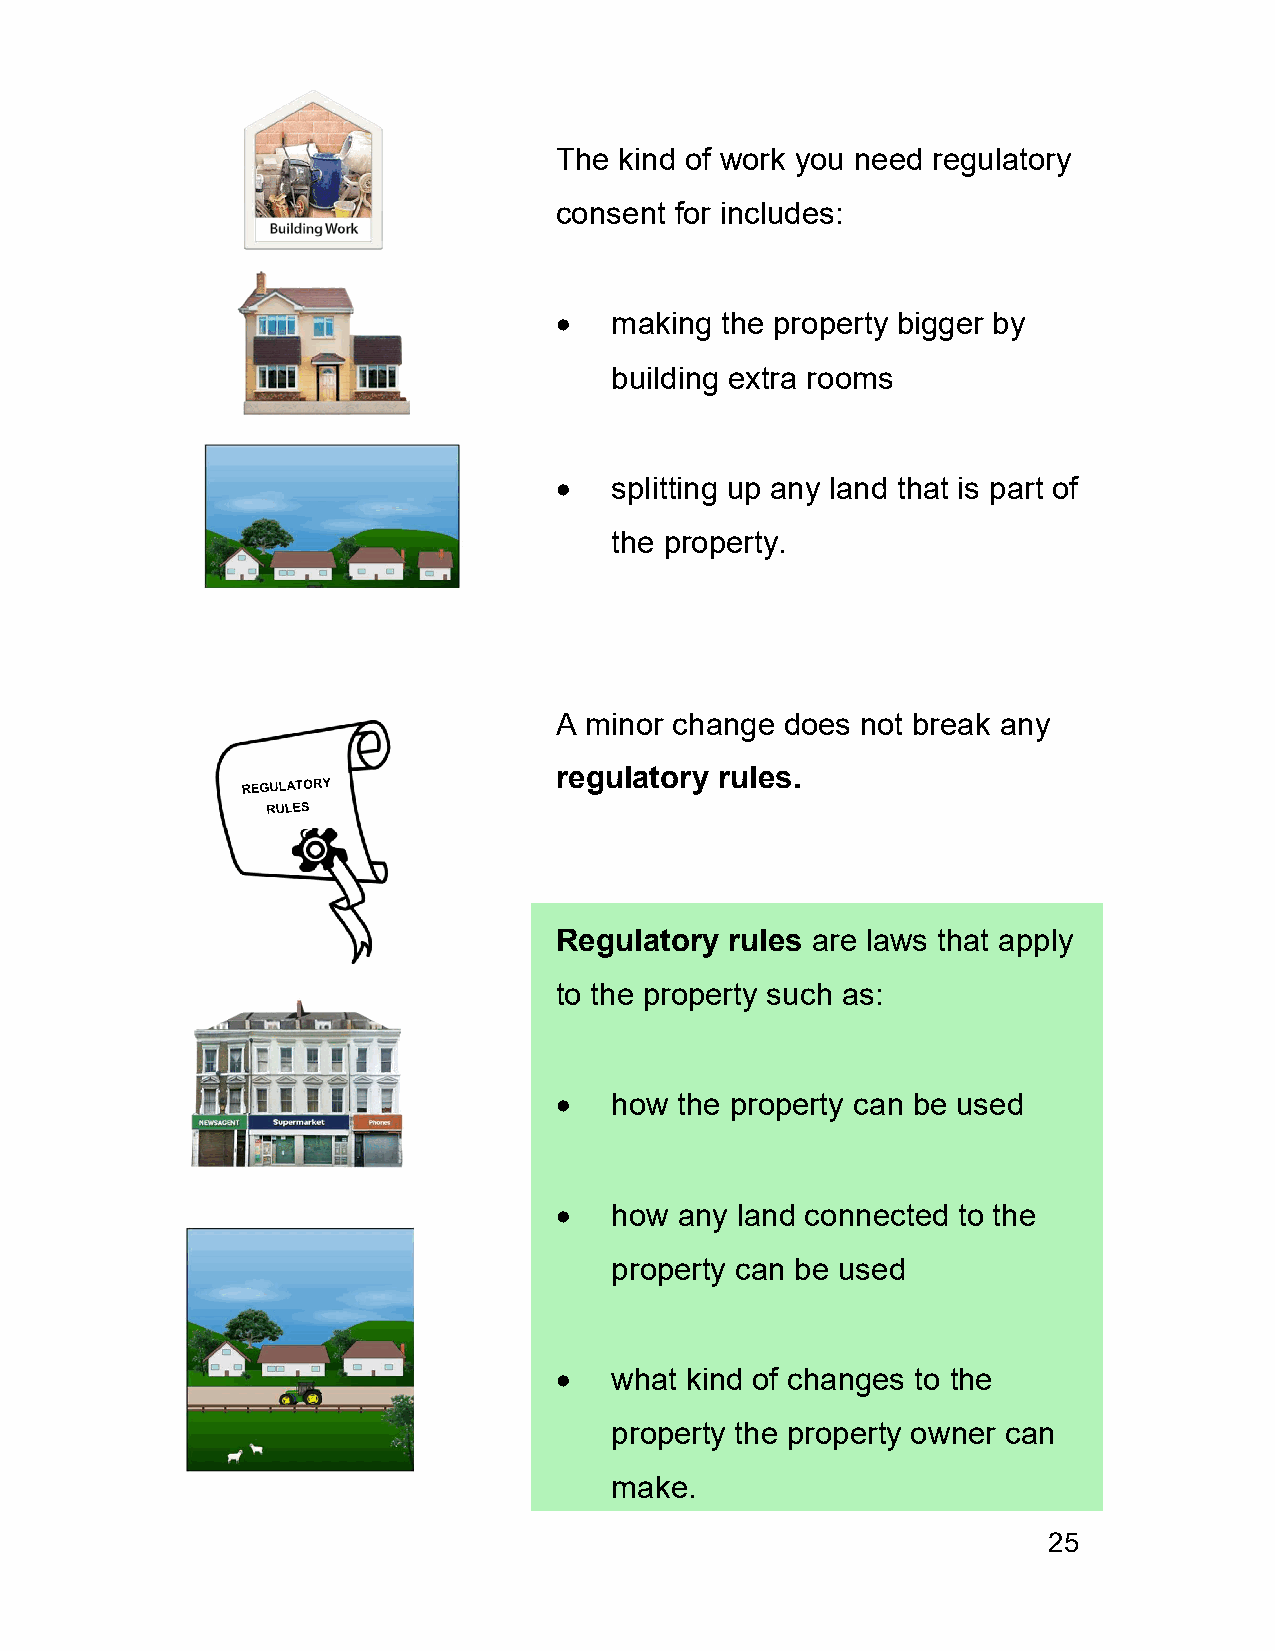
The kind of work you need regulatory
 consent for includes:
   making  the property bigger by
 building extra rooms
   splitting up any land that is part of
 the property.
 A minor change does not break any
 regulatory rules.
 Regulatory rules are laws that apply
 to the property such as:
   how  the property can be used
   how  any land connected to the
 property can be used
   what kind of changes to the
 property the property owner can
 make.
 25